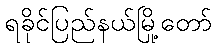
ရခိုင်ပြည်နယ်မြို့တော်